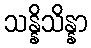
သန္နိသိန္နာ